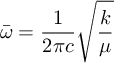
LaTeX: { \bar { \boldsymbol { \omega } } } = { \frac { 1 } { 2 \pi c } } { \sqrt { \frac { k } { \mu } } }